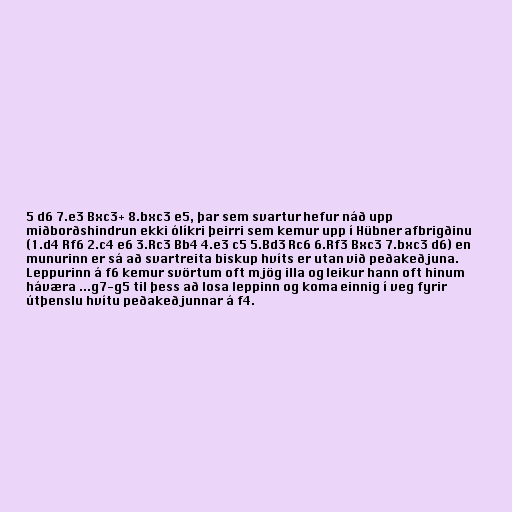
5 d6 7.e3 Bxc3+ 8.bxc3 e5, þar sem svartur hefur náð upp
miðborðshindrun ekki ólíkri þeirri sem kemur upp í Hübner afbrigðinu
(1.d4 Rf6 2.c4 e6 3.Rc3 Bb4 4.e3 c5 5.Bd3 Rc6 6.Rf3 Bxc3 7.bxc3 d6) en
munurinn er sá að svartreita biskup hvíts er utan við peðakeðjuna.
Leppurinn á f6 kemur svörtum oft mjög illa og leikur hann oft hinum
háværa ...g7-g5 til þess að losa leppinn og koma einnig í veg fyrir
útþenslu hvítu peðakeðjunnar á f4.